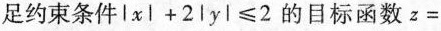
足约束条件$$\left | x \right | + 2 \left | y \right | ≤ 2$$的目标函数$$z =